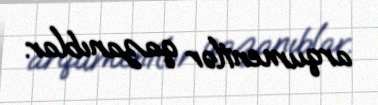
arqumentlər qazanıblar.